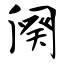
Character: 阕